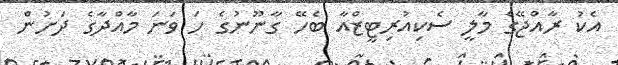
އެކު ރާއްޖޭގެ މާލީ ސެކިއުރިޓީޒްއާ ބެހޭ ގާނޫނުގެ ހަ ވަނަ މާއްދާގެ ދަށުން